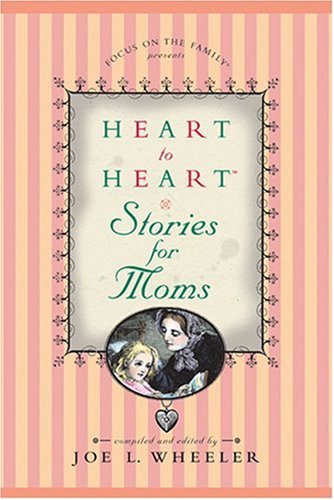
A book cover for Heart to Heart Stories for Moms; Religion & Spirituality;